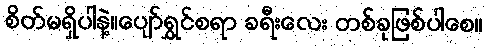
စိတ်မရှိပါနဲ့။ပျော်ရွှင်စရာ ခရီးလေး တစ်ခုဖြစ်ပါစေ။